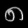
Digit: ၈